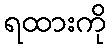
ရထားကို